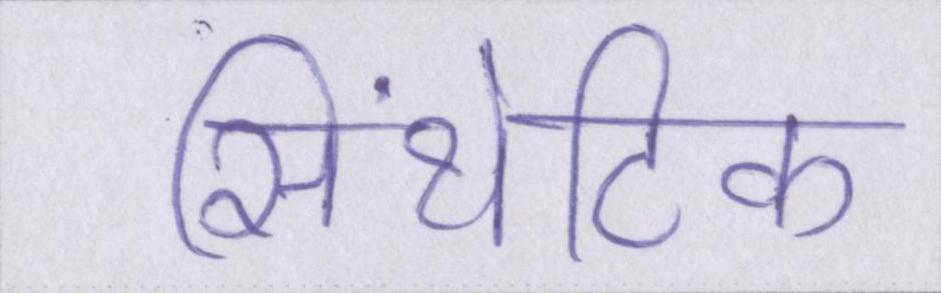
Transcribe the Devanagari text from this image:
सिंथेटिक